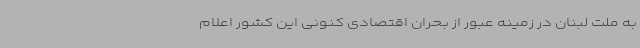
به ملت لبنان در زمینه عبور از بحران اقتصادی کنونی این کشور اعلام